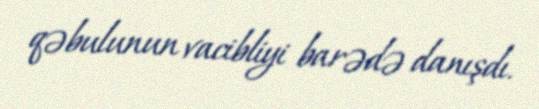
qəbulunun vacibliyi barədə danışdı.